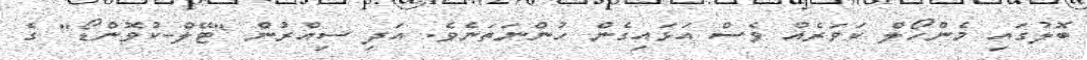
ބޮލުގައި މެންހޯލް ކަވަރެއް ވެސް އަޅައިގެން ހުންނަތަނެވެ. އަދި ސިއްރުން "ޓޭލް-ކުވޮންޑޯ" ގެ